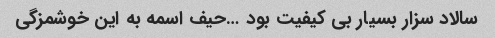
سالاد سزار بسیار بی کیفیت بود …حیف اسمه به این خوشمزگی